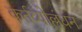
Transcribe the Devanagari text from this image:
कर्तव्योल्लंघन